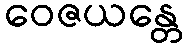
ဝေဇယန္တေ